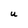
Character: U